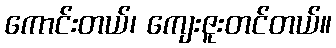
ကောင်းတယ်၊ ကျေးဇူးတင်တယ်။